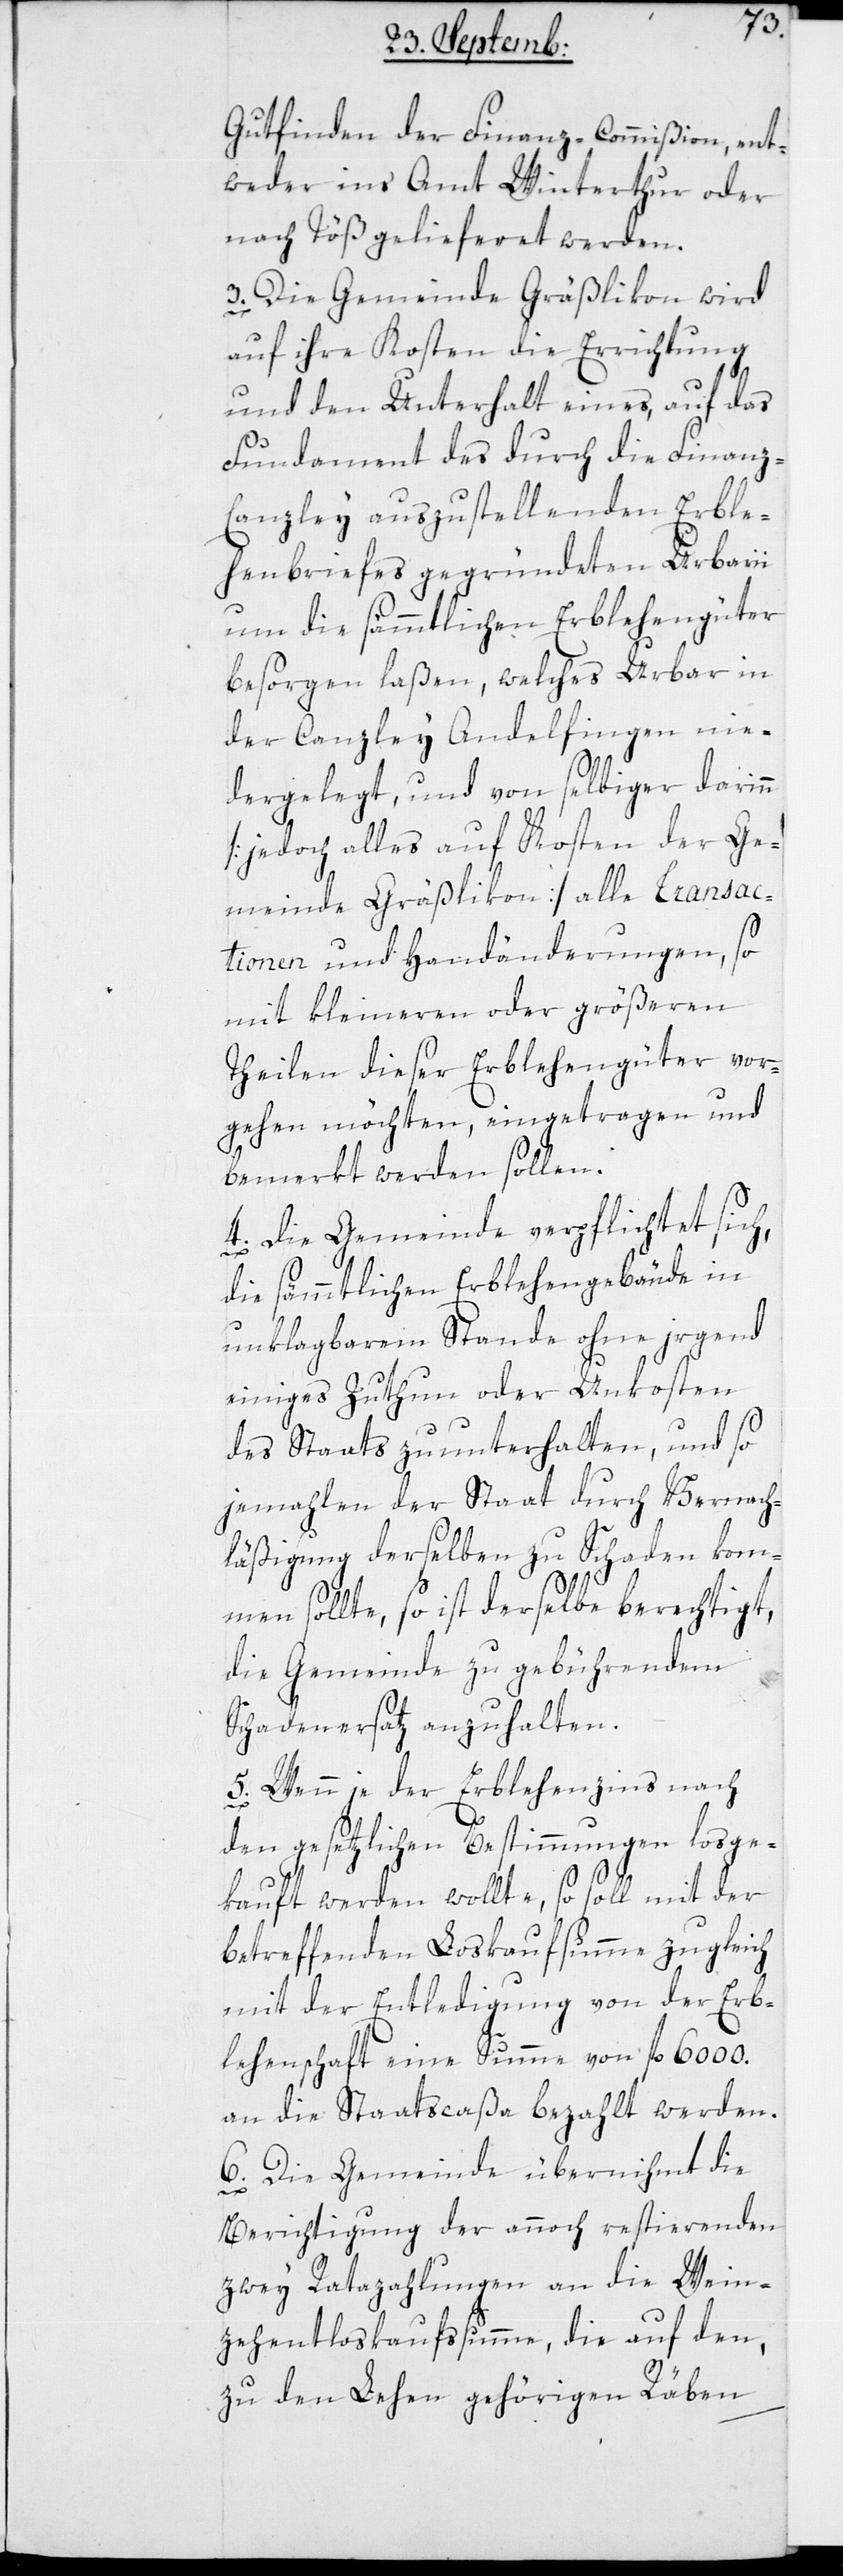
Gutfinden der Finanz-Commißion, ent¬
weder ins Amt Winterthur oder
nach Töß gelieferet werden.
3. Die Gemeinde Gräßlikon wird
auf ihre Kosten die Errichtung
und den Unterhalt eines, auf das
Fundament des durch die Finanz-C¬
anzley auszustellenden Erble¬
henbriefes gegründeten Urbarii
um die sämmtlichen Erblehengüter
besorgen laßen, welches Urbar in
der Canzlei Andelfingen nie¬
dergelegt, und von selbiger darinn
[jedoch alles auf Kosten der Ge¬
meinde Gräßlikon] alle Transac¬
tionen und Handänderungen, so
mit kleineren oder größeren
Theilen dieser Erblehengüter vor¬
gehen möchten, eingetragen und
bemerkt werden sollen.
4. Die Gemeinde verpflichtet sich,
die sämmtlichen Erblehengebäude in
unklagbarem Stande ohne irgend
einiges Zuthun oder Unkosten
des Staats zu unterhalten, und so
jemahlen der Staat durch Vernach¬
läßigung derselben zu schaden kom¬
men sollte, so ist derselbe berechtigt,
die Gemeinde zu gebührendem
Schadenersatz anzuhalten.
5. Wenn je der Erblehenzins nach
den gesetzlichen Bestimmungen losge¬
kauft werden wollte, so soll mit der
betreffenden Loskaufsumme zugleich
mit der Entledigung von der Erb¬
lehenschaft eine Summe von fl. 6000.
an die Staatscaßa bezahlt werden.
6. Die Gemeinde übernimmt die
Berichtigung der annoch restierenden
zwey Ratazahlungen an die Wein¬
zehentloskaufssumme, die auf den,
zu den Lehen gehörigen Räben